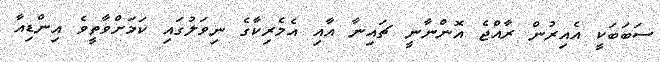
ސަބަބަކީ އެއިރުން ރާއްޖެ އޮންނާނީ ޗައިނާ އާއި އެމެރިކާގެ ނިވަލުގައި ކަމަށްވާތީވެ އިންޑިއާ